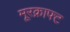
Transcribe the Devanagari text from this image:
मूरक्राफ्ट